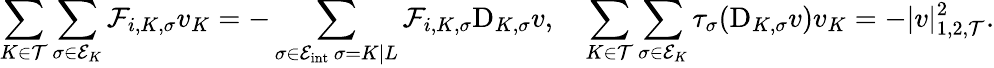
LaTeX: \sum_{K\in{\mathcal T}}\sum_{\sigma\in{\mathcal E}_{K}}{\mathcal F}_{i,K,\sigma}v_{K}=-\sum_{\substack{\sigma\in{\mathcal E}_{\mathrm{int}}\, \sigma=K|L}}{\mathcal F}_{i,K,\sigma}\mathrm{D}_{K,\sigma}v,\quad\sum_{K\in{\mathcal T}}\sum_{\sigma\in{\mathcal E}_{K}}\tau_{\sigma}(\mathrm{D}_{K,\sigma}v)v_{K}=-|v|_{1,2,{\mathcal T}}^{2}.